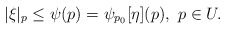
\begin{align*} |\xi|_p \le \psi(p) = \psi_{p_0}[\eta](p), \ p \in U.\end{align*}